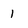
Character: 1